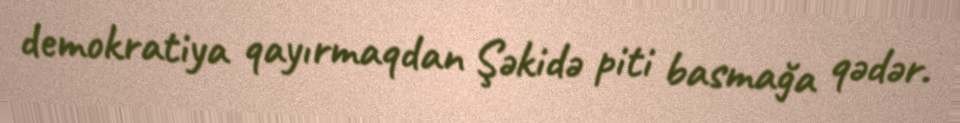
demokratiya qayırmaqdan Şəkidə piti basmağa qədər.